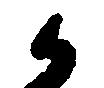
候